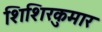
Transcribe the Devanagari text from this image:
शिशिरकुमार